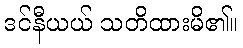
ဒင်နီယယ် သတိထားမိ၏။